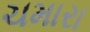
ચમારા